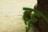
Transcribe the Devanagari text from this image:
ट्ट्टु